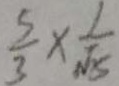
\frac { 5 } { 3 } \times \frac { 1 } { \sqrt { 5 } }